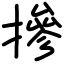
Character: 摻